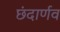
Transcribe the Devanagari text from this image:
छंदार्णव